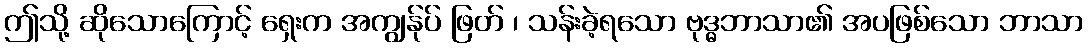
ဤသို့ ဆိုသောကြောင့် ရှေးက အကျွန်ုပ် ဖြတ် ၊ သန်းခဲ့ရသော ဗုဒ္ဓဘာသာ၏ အပဖြစ်သော ဘာသာ